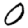
Digit: 0